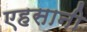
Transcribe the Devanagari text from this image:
एहसानी